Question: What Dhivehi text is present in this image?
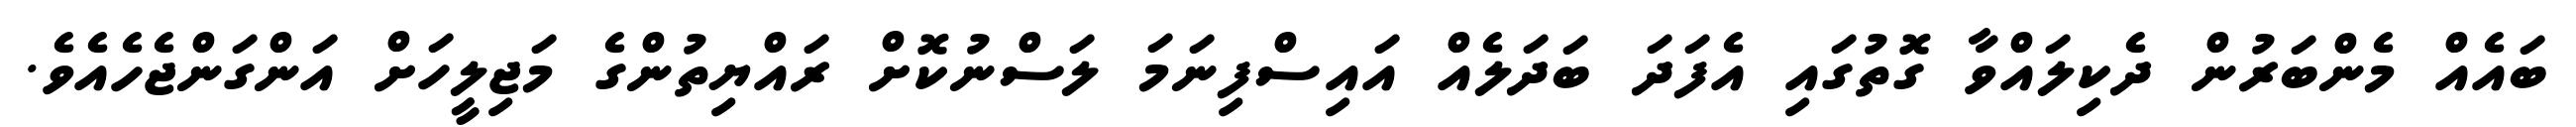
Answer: ބައެއް މެންބަރުން ދެކިލައްވާ ގޮތުގައި އެފަދަ ބަދަލެއް އައިސްފިނަމަ ލަސްނުކޮށް ރައްޔިތުންގެ މަޖިލީހަށް އަންގަންޖެހެއެވެ.